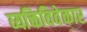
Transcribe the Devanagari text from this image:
व्यक्तिविवेकार